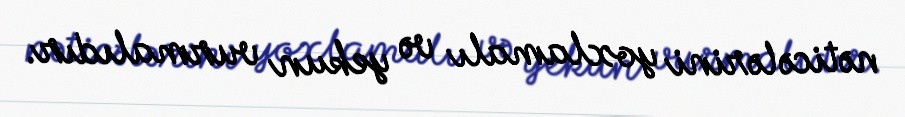
nəticələrini yoxlamalı və yekun vurmalıdır.